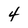
Character: 4